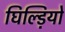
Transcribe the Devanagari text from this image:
घिल्ड़ियो